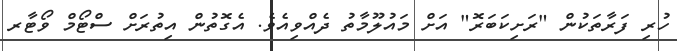
ހުރި ފަރާތަކުން "ރަށިކަބަރޮ" އަށް މަައުލޫމާތު ދެއްވިއެވެ. އެގޮތުން އިތުރަށް ސްޓޯމް ވޯޓާރ